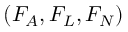
( F _ { A } , F _ { L } , F _ { N } )